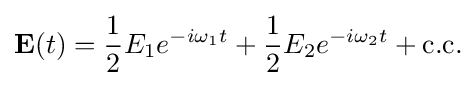
\mathbf {E} (t)={\frac {1}{2}}E_{1}e^{-i\omega _{1}t}+{\frac {1}{2}}E_{2}e^{-i\omega _{2}t}+{\text{c.c.}}